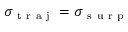
\sigma _ { \mathrm { ~ t ~ r ~ a ~ j ~ } } = \sigma _ { \mathrm { ~ s ~ u ~ r ~ p ~ } }